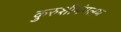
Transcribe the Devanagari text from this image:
कुरुशीमंगलम